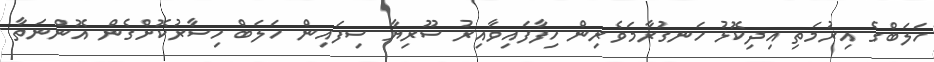
ހަލަބްގެ އިރުމަތި އިދިކޮޅު ހަނގުރާމަވެރިން ހިފާފައިވާއިރު ސޫރިޔާ ސިފައިން ހަލަބް ހިސާރުކޮށްގެން އޮންނަތާ